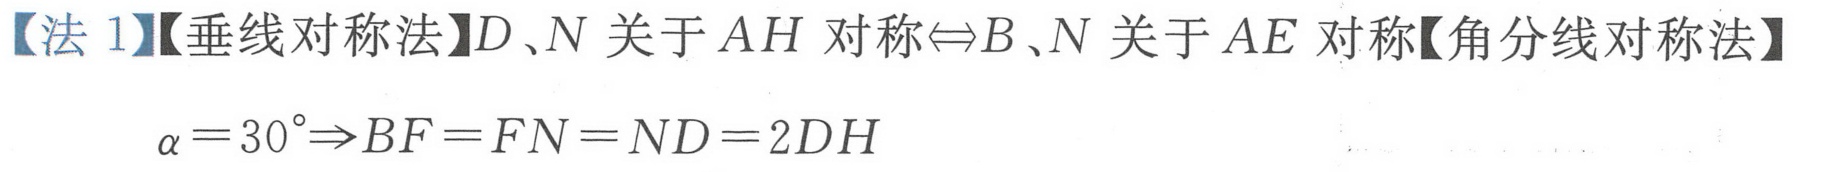
【法 1】【垂线对称法】$D、N$ 关于 $AH$ 对称$\Leftrightarrow B、N$ 关于 $AE$ 对称【角分线对称法】
$\alpha = 30^{\circ}\Rightarrow BF = FN = ND = 2DH$